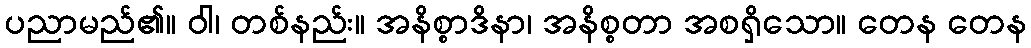
ပညာမည်၏။ ဝါ၊ တစ်နည်း။ အနိစ္စာဒိနာ၊ အနိစ္စတာ အစရှိသော။ တေန တေန